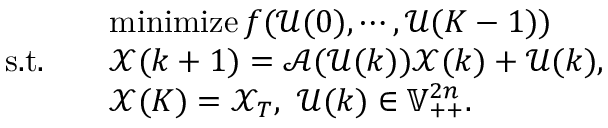
\begin{array} { r l } & { \operatorname { m i n i m i z e } f ( \mathscr { U } ( 0 ) , \cdots , \mathscr { U } ( K - 1 ) ) } \\ { \mathrm { s . t . } \quad } & { \mathscr { X } ( k + 1 ) = \mathscr { A } ( \mathscr { U } ( k ) ) \mathscr { X } ( k ) + \mathscr { U } ( k ) , } \\ { \quad } & { \mathscr { X } ( K ) = \mathscr { X } _ { T } , \ \mathscr { U } ( k ) \in \mathbb { V } _ { + + } ^ { 2 n } . } \end{array}